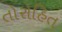
તોરોહિત